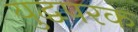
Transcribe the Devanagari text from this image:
युद्धपरक